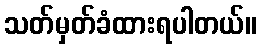
သတ်မှတ်ခံထားရပါတယ်။